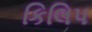
કિલિપ